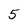
Character: 5